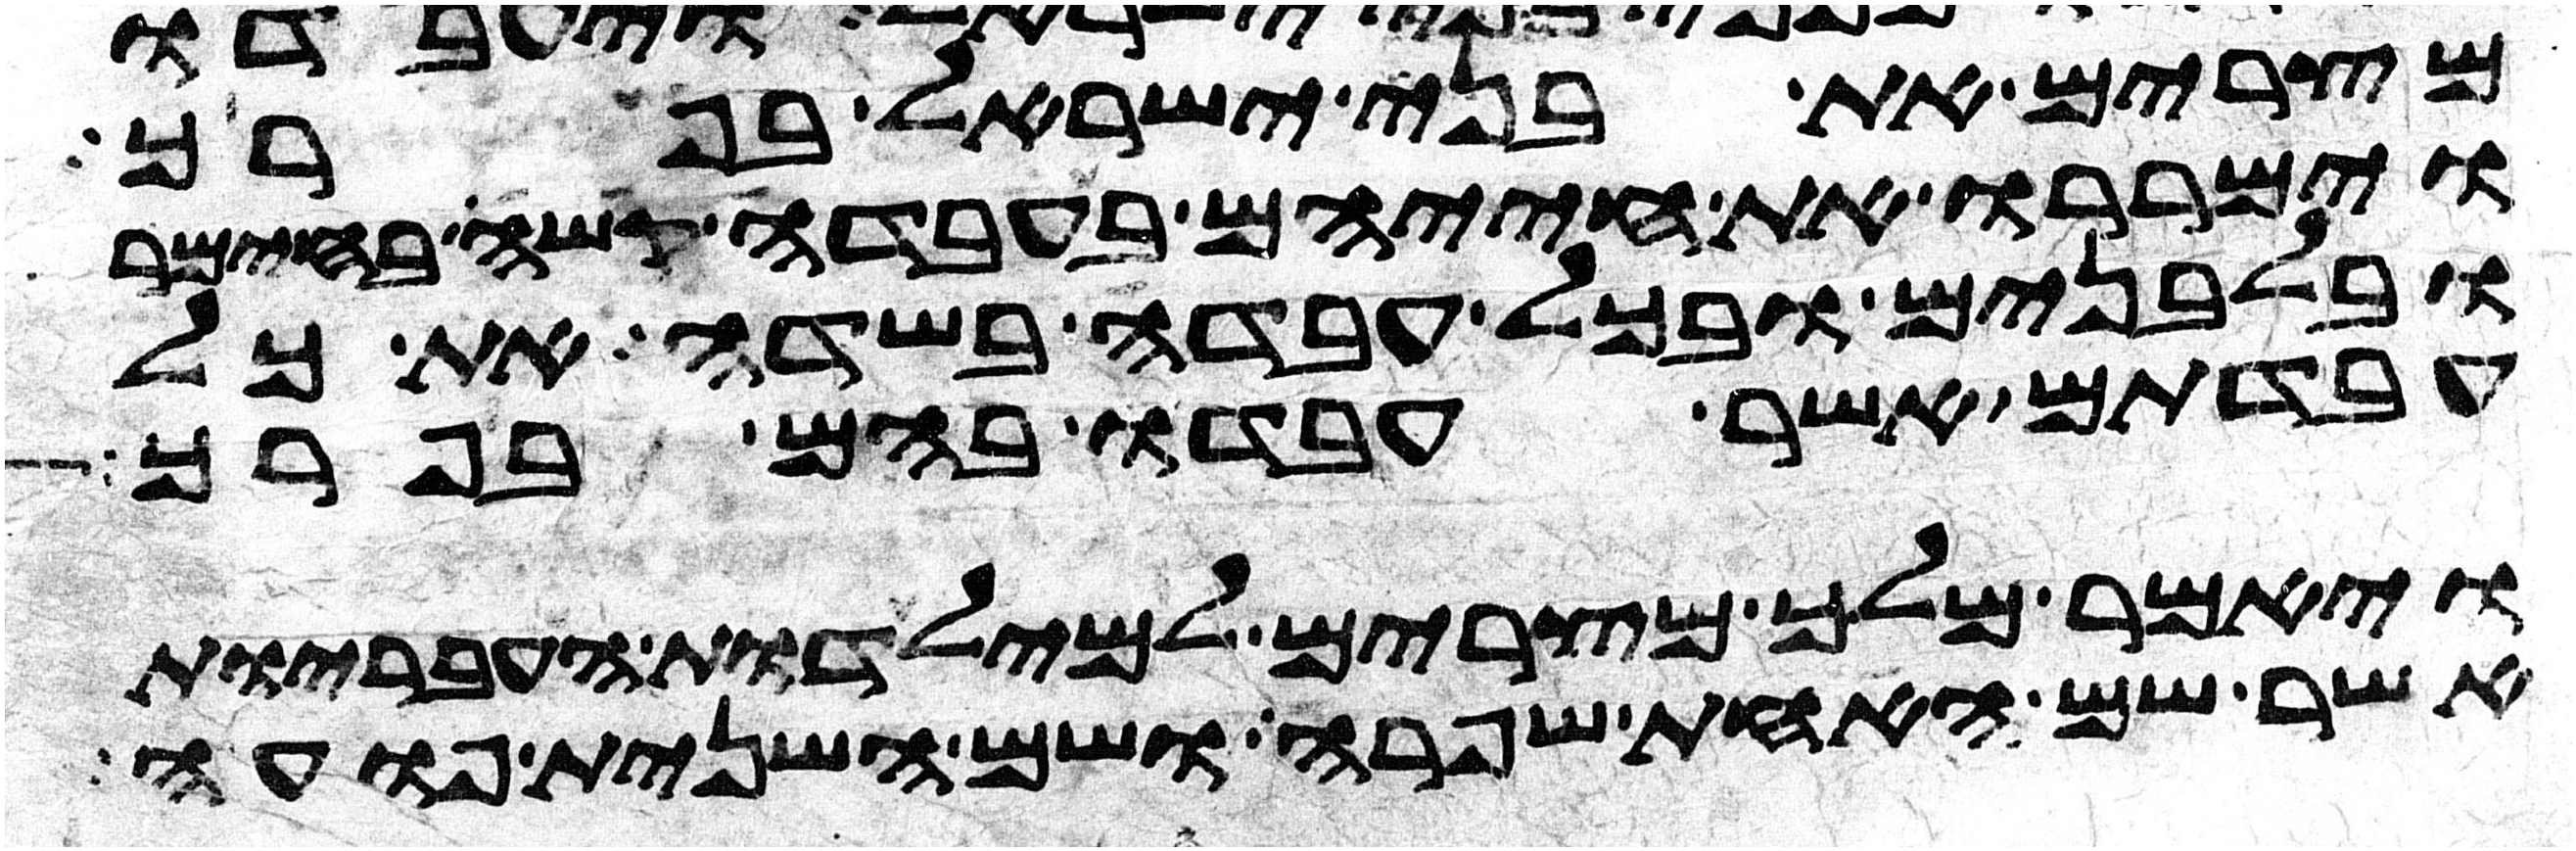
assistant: מצרים את בני ישראל בפרך
וימררו את חייהם בעבדה קשה בחימר
ובלבנים ובכל עבדה בשדה את כל
עבדתם אשר עבדו בהם בפרך
ויאמר מלך מצרים למילדות העבריות
אשר שם האחת שפרה ושם השנית פועה